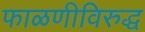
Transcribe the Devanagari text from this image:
फाळणीविरुद्ध